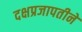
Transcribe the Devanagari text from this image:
दक्षप्रजापतीने